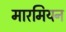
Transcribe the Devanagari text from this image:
मारमियन